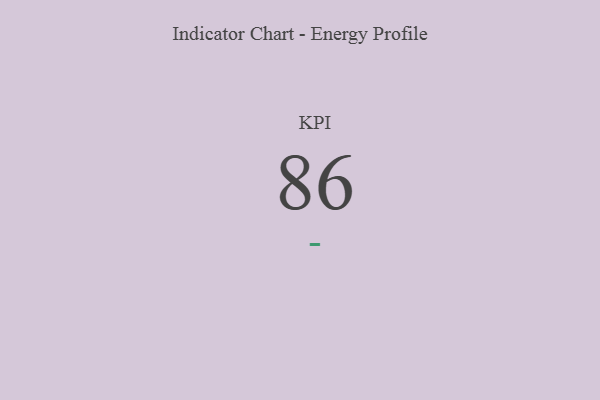
{"axis": {"x": "KPI", "y": "Value"}, "legend": [""], "data": [{"x": "KPI", "y": 86, "type": ""}]}